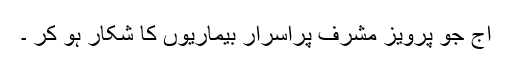
آج جو پرویز مشرف پُراَسرار بیماریوں کا شکار ہو کر ۔